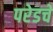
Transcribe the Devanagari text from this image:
परेडचे